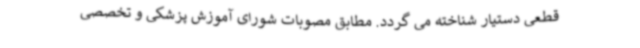
قطعی دستیار شناخته می گردد. مطابق مصوبات شورای آموزش پزشکی و تخصصی